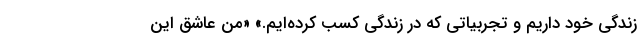
زندگی خود داریم و تجربیاتی که در زندگی کسب کرده‌ایم.» «من عاشق این